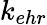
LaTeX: k_{ehr}